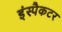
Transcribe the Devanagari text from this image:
इंस्पैकटर